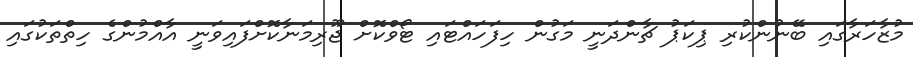
މުޒާހަރާގައި ބޭނުންކުރި ޕިކަޕު ޗާންދަނީ މަގުން ހިފަހައްޓައި ޓޯވްކޮށް ޖޫރިމަނާކޮށްފައިވަނީ އާއްމުންގެ ހިތްތަކުގައި